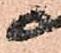
尉